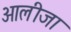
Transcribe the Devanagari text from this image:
आलीजा